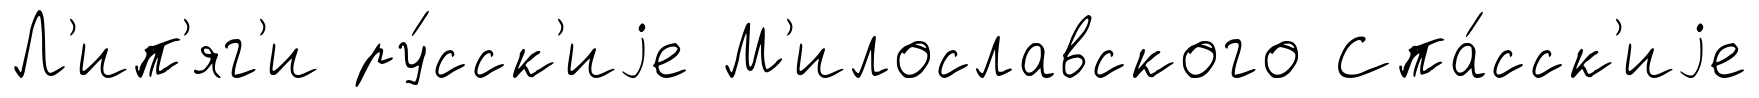
Л'ип'яг'и ру́сск'иjе М'илославского Спа́сск'иjе